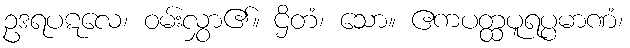
ဥဒရပဋလေ၊ ဝမ်းလွှာ၏။ ဌိတံ၊ သော။ ဧကပတ္ထပူရပ္ပမာဏံ၊